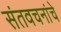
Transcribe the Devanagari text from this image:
संतवचनांचे